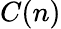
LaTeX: C(n)